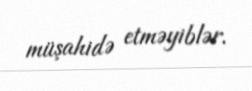
müşahidə etməyiblər.